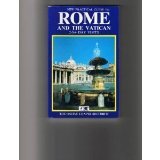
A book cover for Rome & the Vatican: Practical Guide: 2, 3 & 4 Day Visits (Baonechi travel guides); Vittorio Serra; Travel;